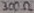
Text: 300Ω